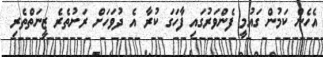
އެހެން ކަމުން ގައުމީ ފެންވަރުގައި ފާހަގަ ކުރާ އެ ދުވަހަށް ރަށުތެރެ ޒީނަތްތެރި